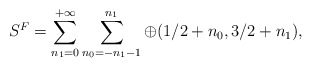
\begin{align*}S^{F} = \sum^{+\infty}_{n_{1}=0} \sum^{n_{1}}_{n_{0}=-n_{1}-1}\oplus (1/2+n_{0}, 3/2+n_{1}),\end{align*}